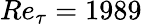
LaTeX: Re_{\tau}=1989